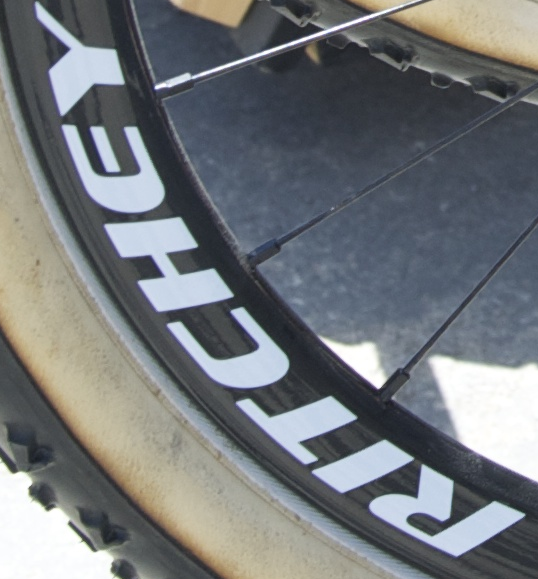
RITCHEY